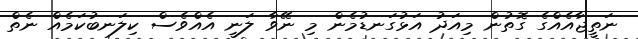
ނަތީޖާއެއްގެ ގޮތުން މިއަދު އަޅުގަނޑުމެން މި ނޭވާ ލަނީ އެއްވެސް ކިލަނބުކަމެއް ނެތް